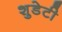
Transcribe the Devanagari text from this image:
शुडेटी